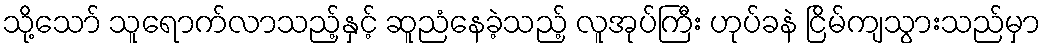
သို့သော် သူရောက်လာသည့်နှင့် ဆူညံနေခဲ့သည့် လူအုပ်ကြီး ဟုပ်ခနဲ ငြိမ်ကျသွားသည်မှာ